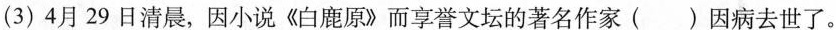
(3) 4月29日清晨，因小说《白鹿原》而享誉文坛的著名作家（）因病去世了。